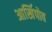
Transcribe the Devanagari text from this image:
आर्खिपोव